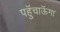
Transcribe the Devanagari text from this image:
पहुॅचाऊॅगा